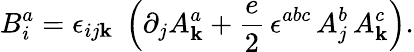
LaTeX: B_{i}^{a}=\epsilon_{ij\mathbf{k}}\; \left(\partial_{j}A_{\mathbf{k}}^{a}+\frac{{e}}{{2}}\, \epsilon^{abc}\, A_{j}^{b}\, A_{\mathbf{k}}^{c}\right).